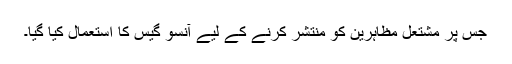
جس پر مشتعل مظاہرین کو منتشر کرنے کے لیے آنسو گیس کا استعمال کیا گیا۔